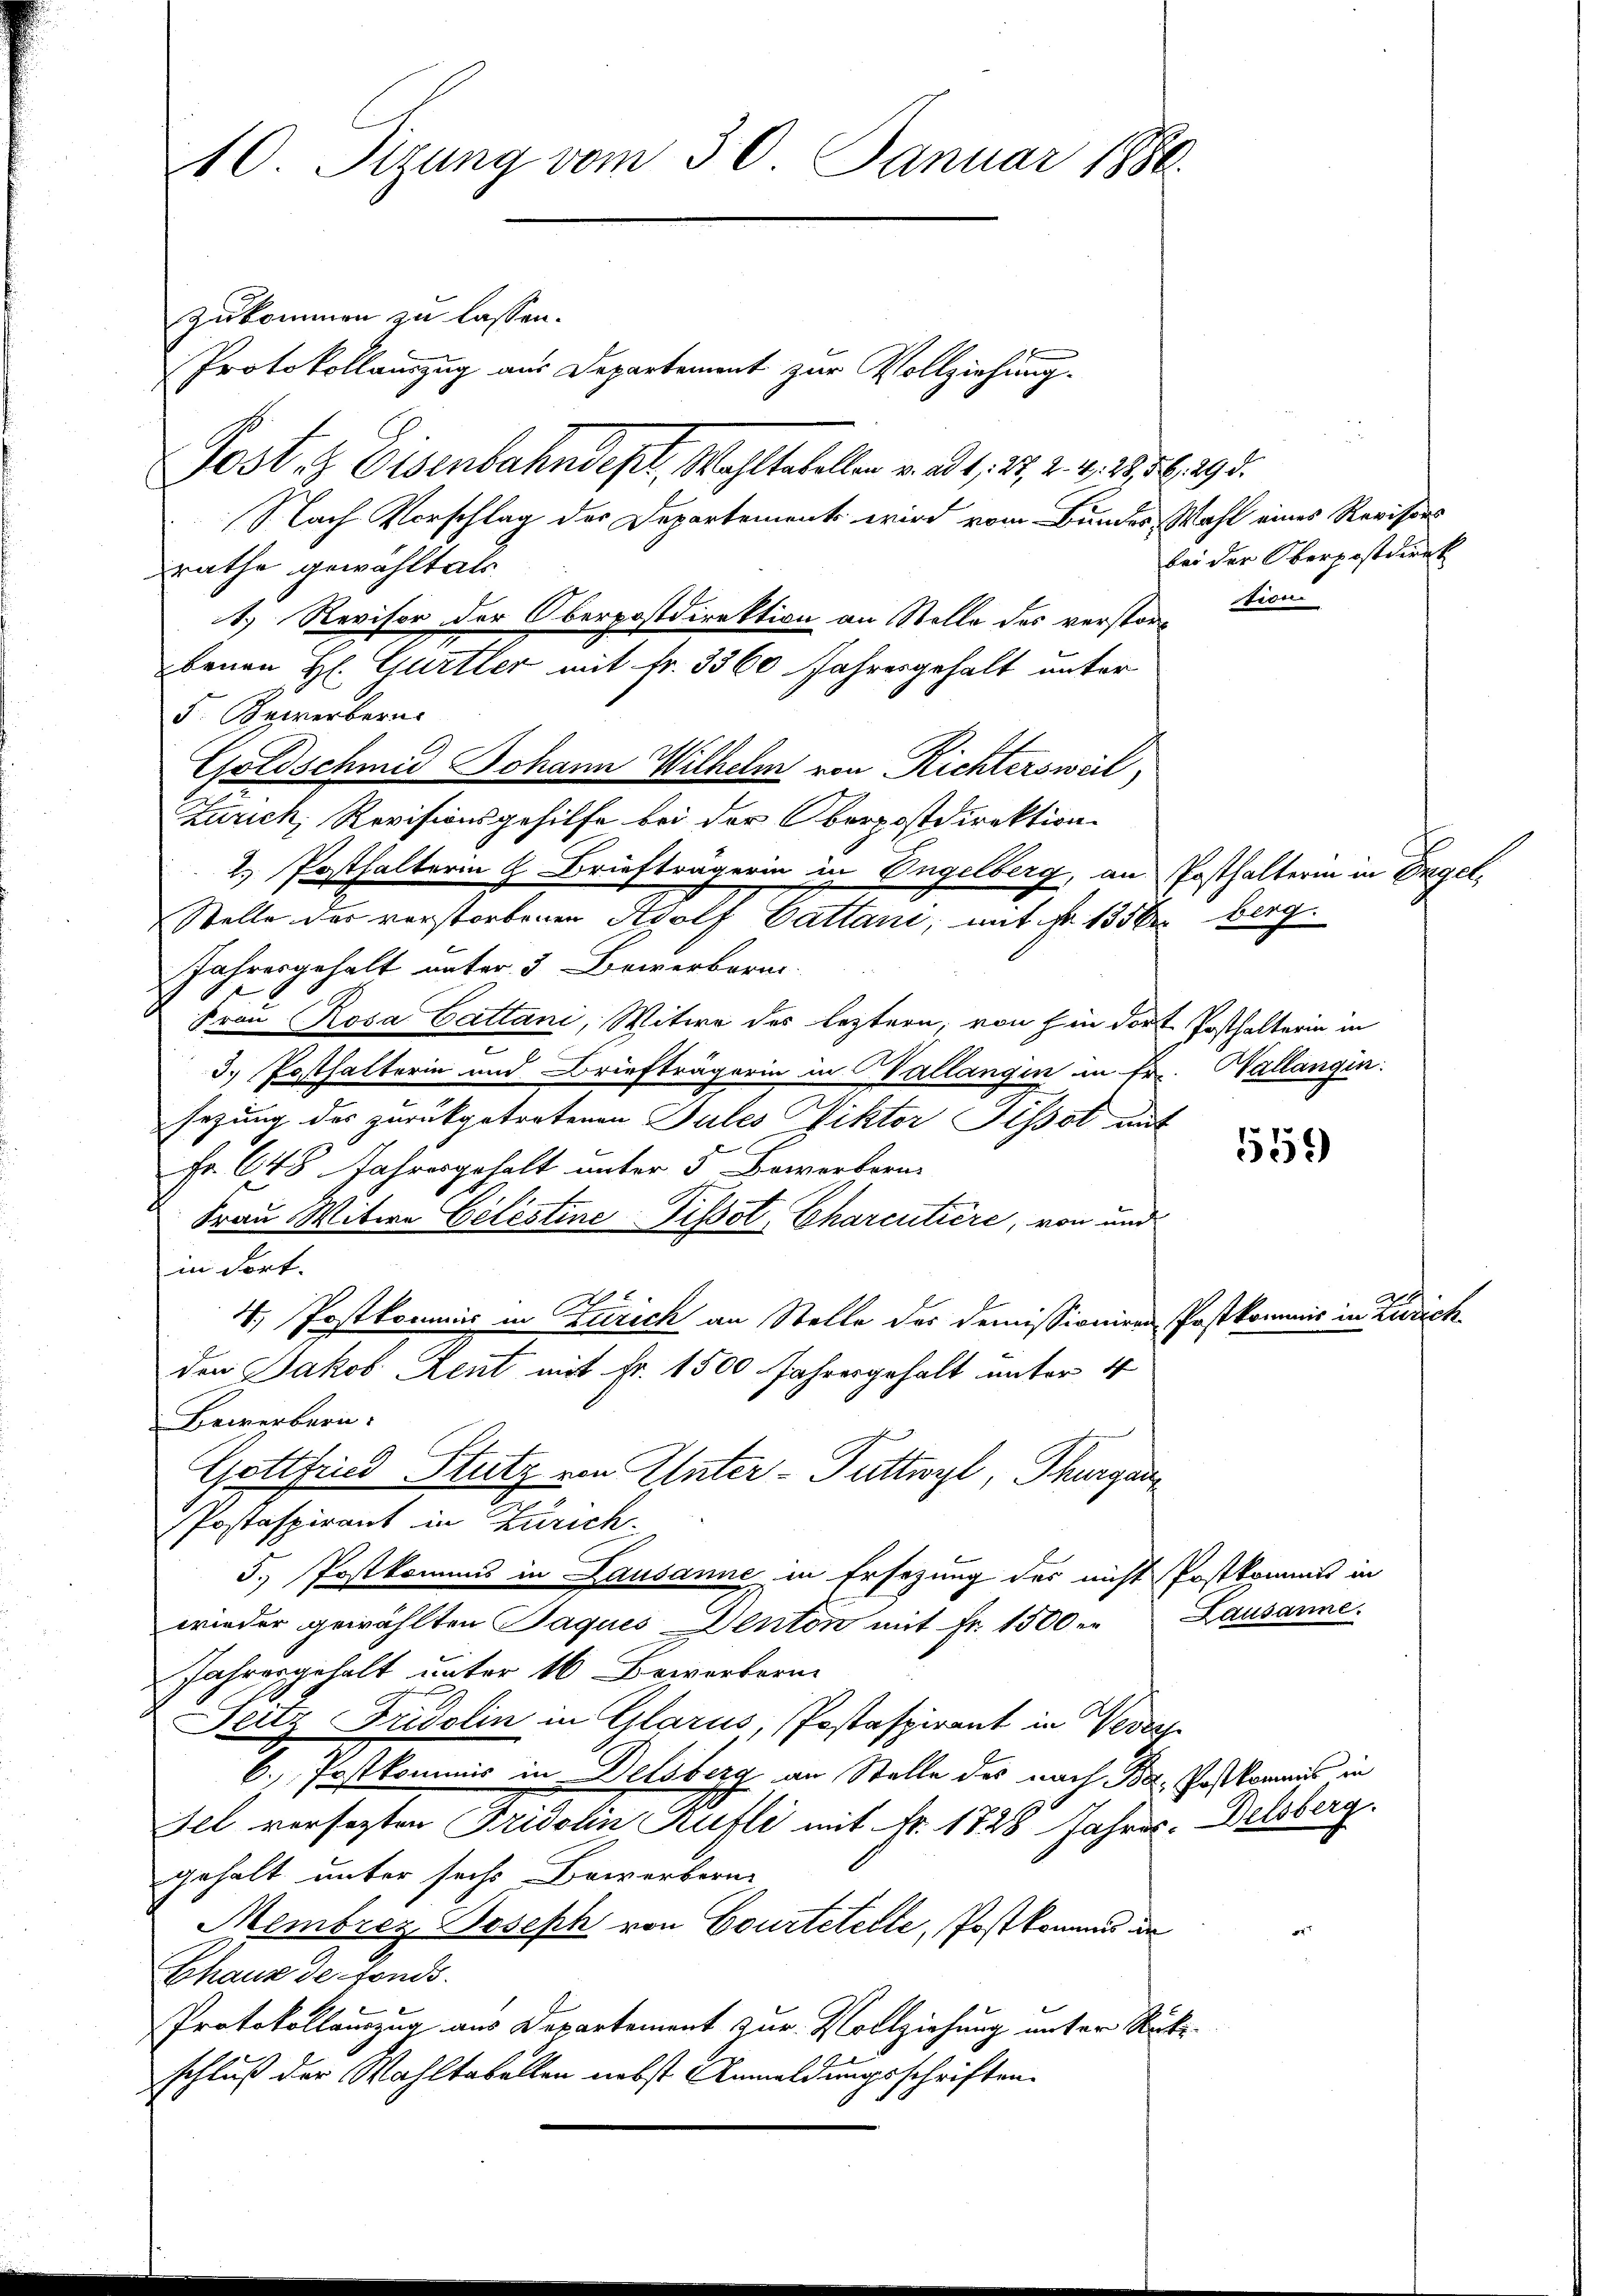
10. Sizung vom 30. Januar 1880.

zukommen zu lassen.
Protokollauszug aus Departement zur Vollziehung.
Post & Eisenbahndept. Wahl tabellen v. ad 1, 25, 2. 4, 28. 56. 193.
Nach Vorschlag der Departement wird vom Bundes Wahl eines Revisors
rathe gewählt als
1.) Revisor der Oberpostdirektion an Stelle des verstorbenen H. Gurtler mit Fr. 3360 Jahresgehalt unter
F. Keverbern.
Goldschmid Johann Wilhelm von Richtersweil,
Zürich, Revisionsgehilfe bei der Oberpostdirektion
2.) Posthalterin & Briefträgerin in Engelberg, an Posthalterin in Engel¬
Stelle des verstorbenen Adolf Cattani, mit Fr. 1350 berg
Jahresgehalt unter 3 Bewerberai
l
Frau Rosa Gattani, Witwe des leztern, von hin dort Posthalterin in
2
3. Posthalterin und Briefträgerin in Vallangin in Fr. Hallangin.
sezung des zurückgetretenen Pules Viktor Pissot mit
Fr. 648 Jahresgehalt unter 5 Bowortern-
Frau Witwe Celestine Pissot Charentière, von und
in Fort.
4. Postkommis in Zürich an Stelle des Demissioniren Postkommis in Zürich
den Jakob Kent mit Fr. 1500 Jahresgehalt unter 4
Bewerbern.
Gottfried Stutz von Unter-Puttwyl, Thurgau
Postaspirant in Zürich.
5. Postkommens in Lausanne in Ersezung des nicht Postkommts in
wieder gewählten Jaques Venton mit Fr. 1500. Lausanne.
Jahresgehalt unter 16 Bewerkern.
Seitz Fridolin in Glarus, Postaspirant in Versch
6. Postkommis in Delsberg an Stelle des nach Be. Postkommis in
Fel versezten Fridolin ufli mit Nr. 1828 Jahres Delsberg.
gehalt unter sechs Bewerbern
Membrez Joseph von Courteteile, Postkommes de
Chaux de fonds.
Protokollauszug aus Departement zur Vollziehung unter Rück-
schluß der Wahltabellen nebst Anmeldungsschriften.

bei der Oberpostdiret
fioni

559